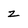
Character: Z